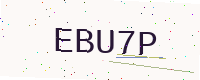
Text: EBU7P